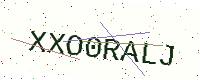
Text: XXO0RALJ